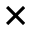
\times